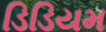
ડિડિયમ